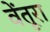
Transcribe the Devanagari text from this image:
वेंतूरा